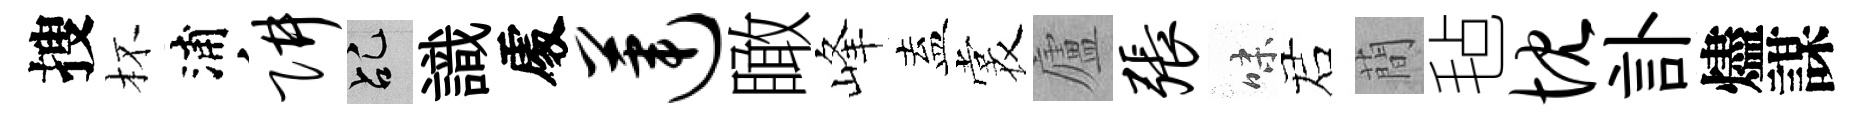
搜杯浦阱乩識𠁅莲瞰峰盍裳廬张味诺蕳毡忱訃燼謀